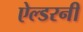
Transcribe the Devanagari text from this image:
ऐल्डरनी